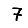
Digit: 7